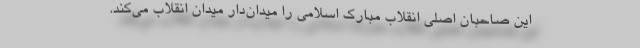
این صاحبان اصلی انقلاب مبارک اسلامی را میدان‌دار میدان انقلاب می‌کند.